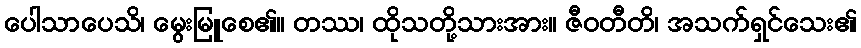
ပေါသာပေသိ၊ မွေးမြူစေ၏။ တဿ၊ ထိုသတို့သားအား။ ဇီဝတီတိ၊ အသက်ရှင်သေး၏